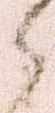
候